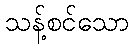
သန့်စင်သော